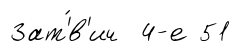
Зат'́в'ич 4-е 51